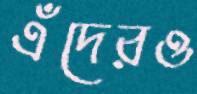
এঁদেরও